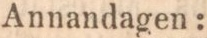
Annandagen: